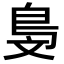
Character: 𣁓